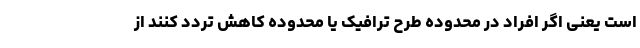
است یعنی اگر افراد در محدوده طرح ترافیک یا محدوده کاهش تردد کنند از